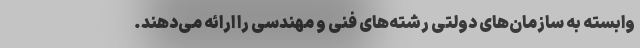
وابسته به سازمان‌های دولتی رشته‌های فنی و مهندسی را ارائه می‌دهند.